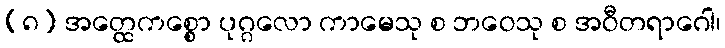
(၈) အတ္ထေကစ္စော ပုဂ္ဂလော ကာမေသု စ ဘဝေသု စ အဝီတရာဂေါ၊